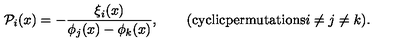
{ \cal P } _ { i } ( x ) = - \frac { \xi _ { i } ( x ) } { \phi _ { j } ( x ) - \phi _ { k } ( x ) } , \qquad ( \mathrm { c y c l i c p e r m u t a t i o n s } i \not = j \not = k ) .